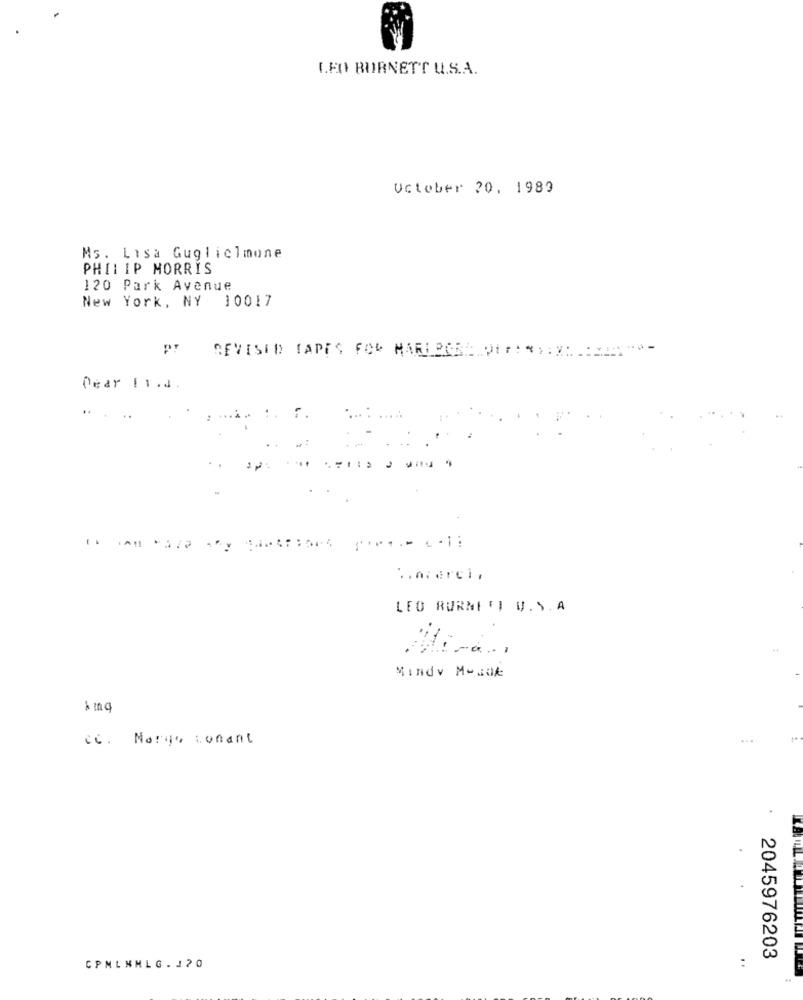
LEO BURNETT U.S.A.
October 20, 1989
Ms. Lisa Guglielmone
PHILIP MORRIS
120 Park Avenue
New York, NY 10017
REVISED TAPES FOR MAREPER :. PT :*****=======
Dear 11.1
...
.. merci,
LEO BURNETT V. S.A
Mindy Mouok
cc. Marge conant
2045976203
CPMLNMLG . J20